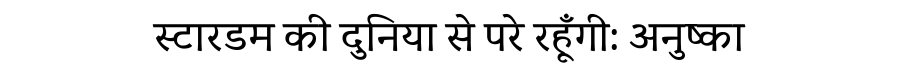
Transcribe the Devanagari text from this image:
स्टारडम की दुनिया से परे रहूँगी: अनुष्का